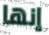
إنها